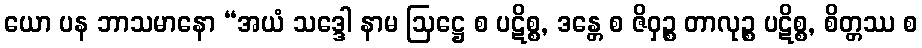
ယော ပန ဘာသမာနော “အယံ သဒ္ဒေါ နာမ ဩဋ္ဌေ စ ပဋိစ္စ, ဒန္တေ စ ဇိဝှဉ္စ တာလုဉ္စ ပဋိစ္စ, စိတ္တဿ စ